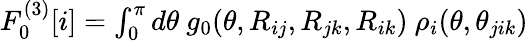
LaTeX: \begin{array}{r}{F_{0}^{(3)}[i]=\int_{0}^{\pi}d\theta~g_{0}(\theta,R_{ij},R_{jk},R_{ik})~\rho_{i}(\theta,\theta_{jik})}\end{array}